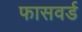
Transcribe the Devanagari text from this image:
फासवर्ड